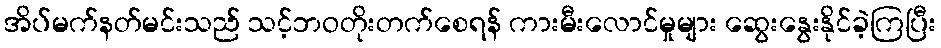
အိပ်မက်နတ်မင်းသည် သင့်ဘဝတိုးတက်စေရန် ကားမီးလောင်မှုများ ဆွေးနွေးနိုင်ခဲ့ကြပြီး